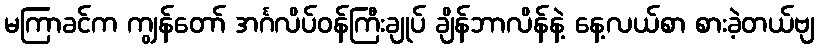
မကြာခင်က ကျွန်တော် အင်္ဂလိပ်ဝန်ကြီးချုပ် ချိန်ဘာလိန်နဲ့ နေ့လယ်စာ စားခဲ့တယ်ဗျ